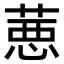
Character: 𦷢